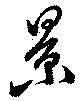
景